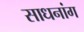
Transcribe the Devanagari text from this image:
साधनांग